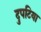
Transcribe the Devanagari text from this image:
दुपटिया